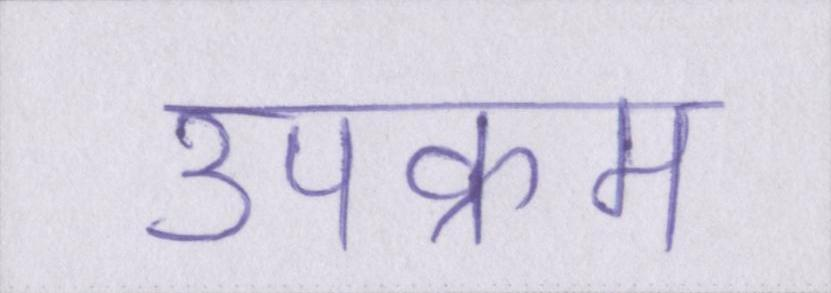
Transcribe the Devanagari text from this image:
उपक्रम